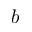
b